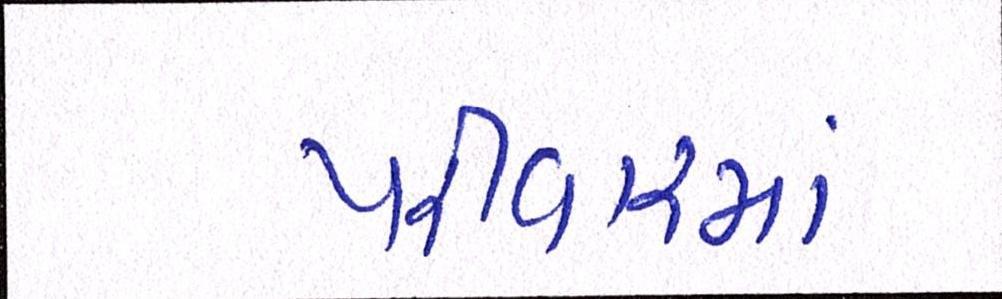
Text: પરીવારમાં